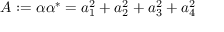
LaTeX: A : = \alpha \alpha ^ { * } = a _ { 1 } ^ { 2 } + a _ { 2 } ^ { 2 } + a _ { 3 } ^ { 2 } + a _ { 4 } ^ { 2 }